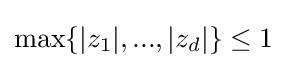
{\text{max}}\{|z_{1}|,...,|z_{d}|\}\leq 1